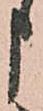
申